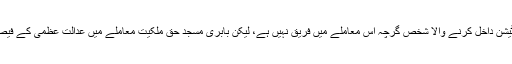
درخواست میں یہ کہا گیا ہے کہ، ”کیوریٹیو پٹیشن داخل کرنے والا شخص گرچہ اس معاملے میں فریق نہیں ہے، لیکن بابری مسجد حق ملکیت معاملے میں عدالت عظمیٰ کے فیصلے سے اس کے مفاد پر کافی برا اثر پڑا ہے۔